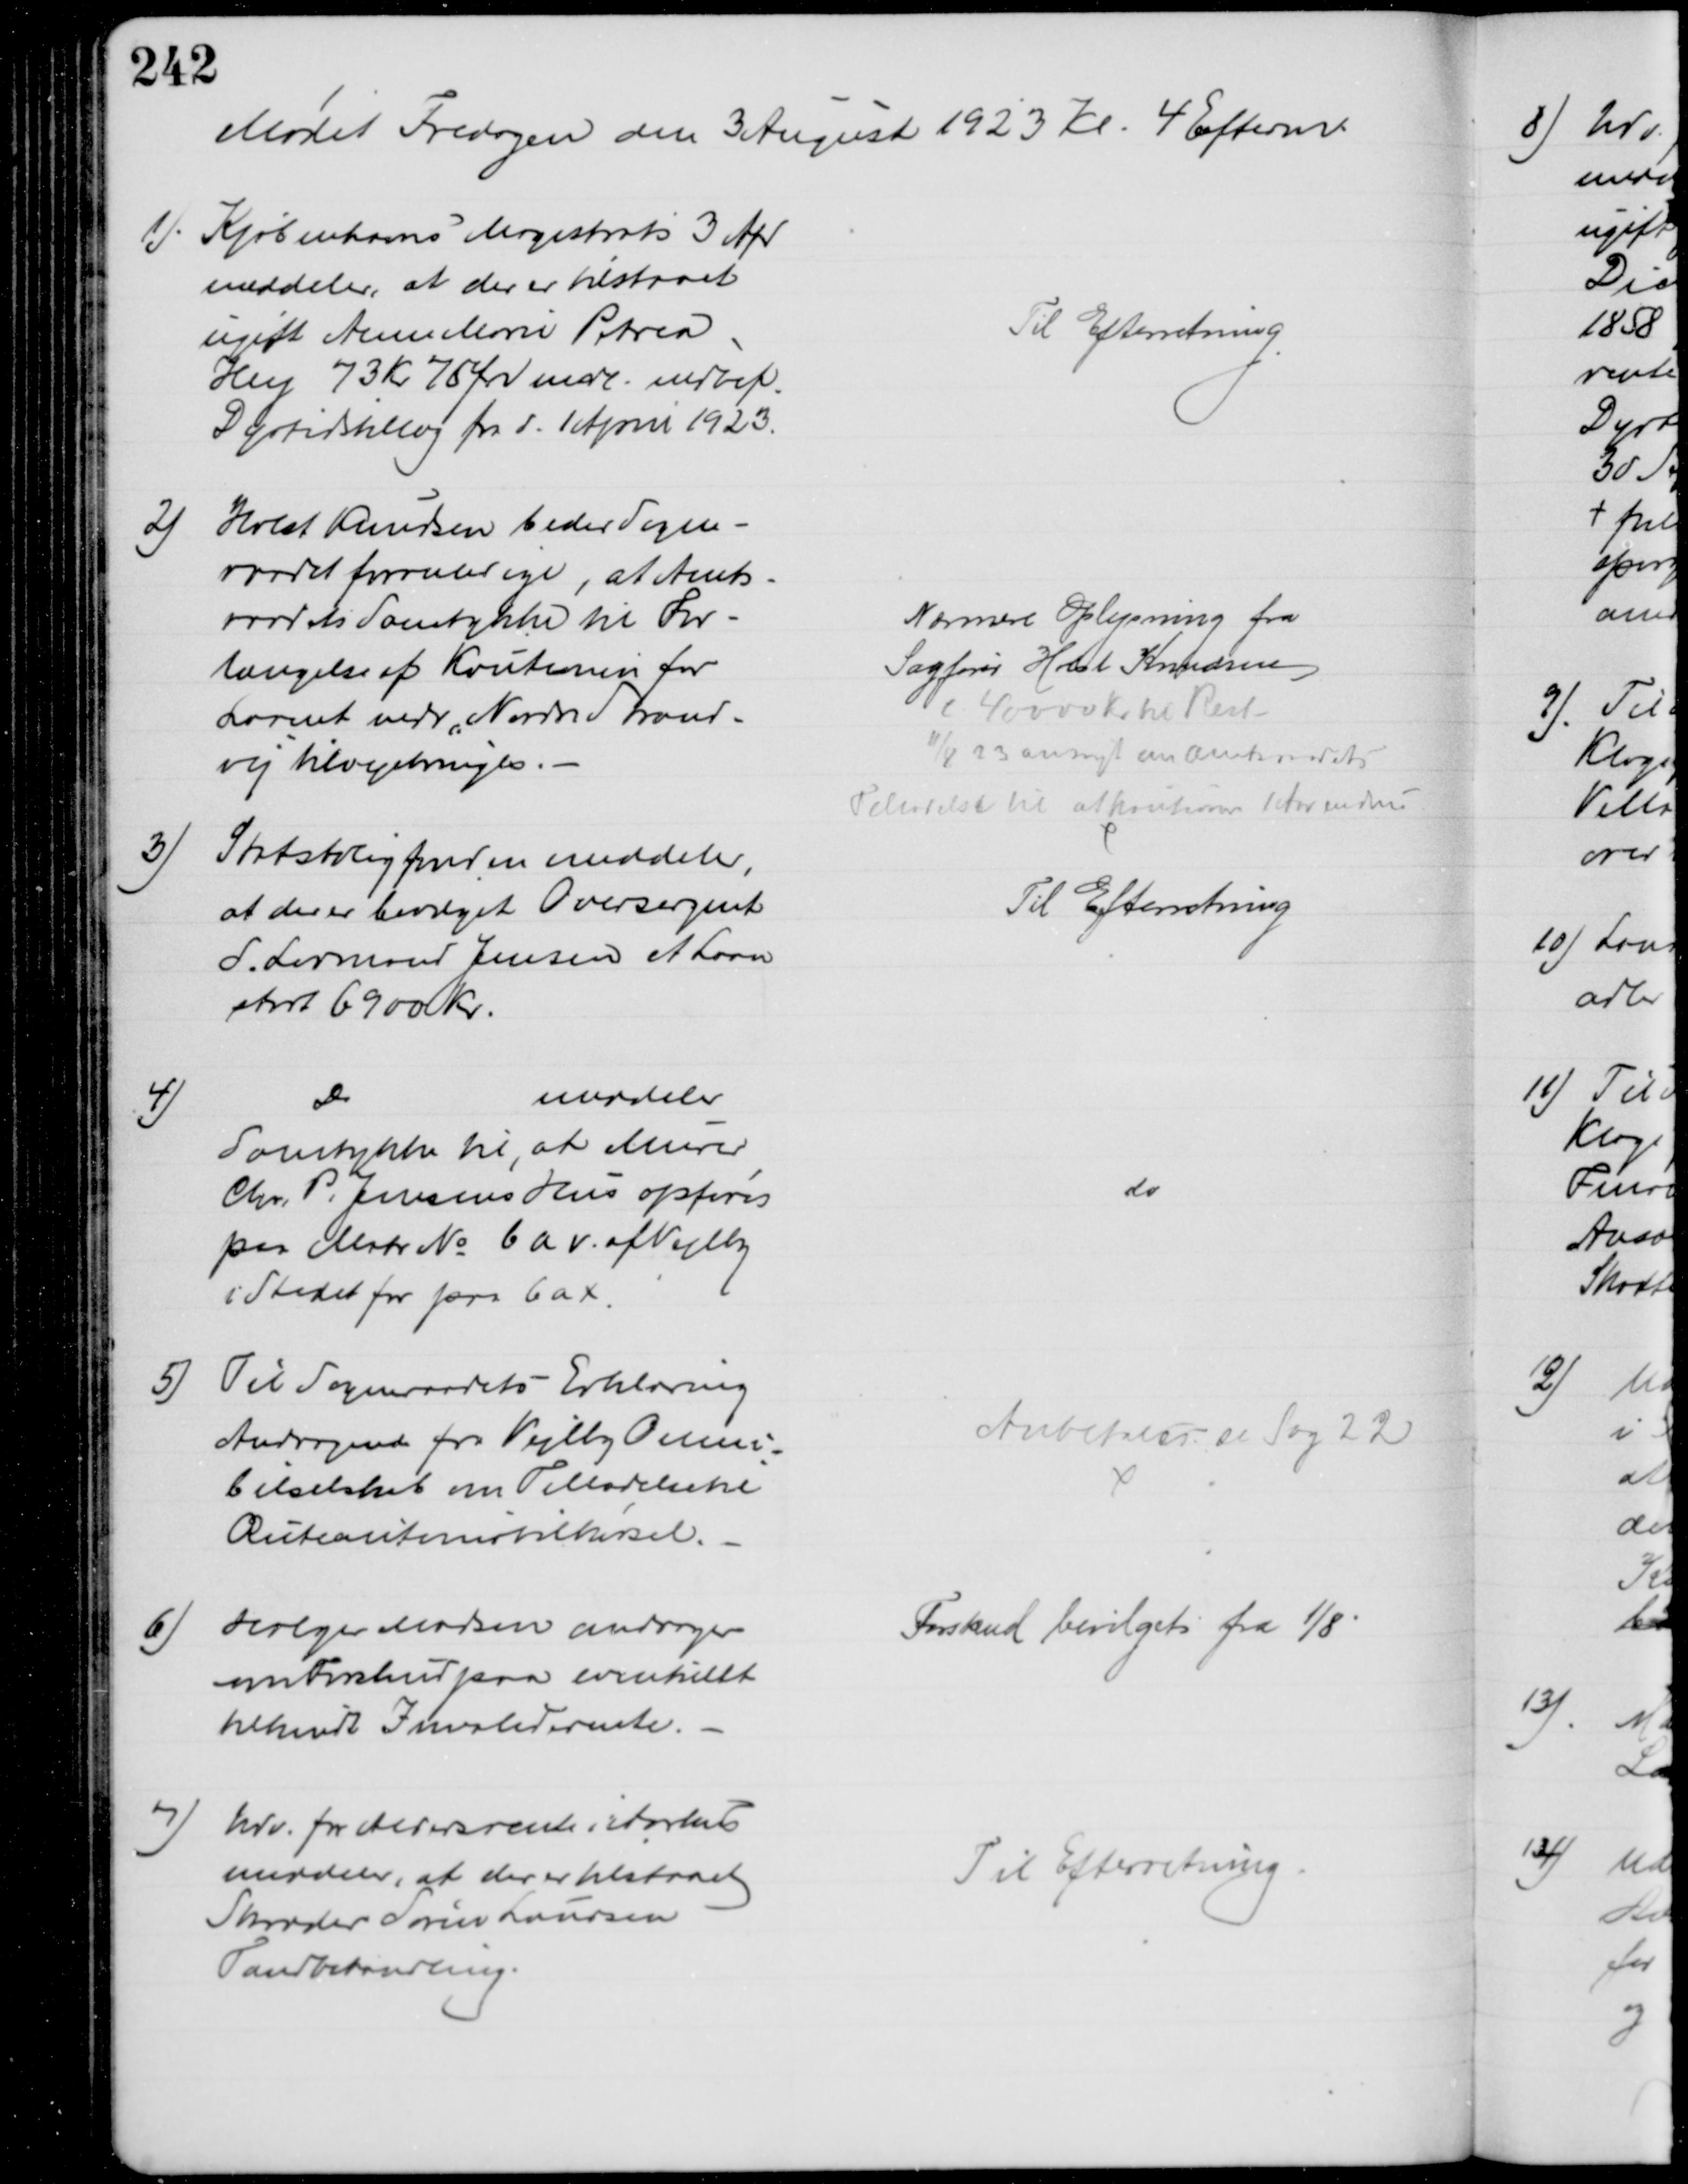
Transskription:
Mødet Fredagen den 3 August 1923 Kl. 4 Efterm 
1) Kjøbenhavns Magistrats 3 Afd
meddeler, at der er tilstaaet
ugift Anne Marie Petrea
Hey 73 Kr 75 Øre mdl. indbef.
Dyrtidstillæg fra d. 1 April 1923.
Til Efterretning
2)
Holst Knudsen beder Sogne-
raadet foranledige, at Amts-
raadets Samtykke til For-
længelse af Kautionen for
Laanet vedr. "Nordre Strand=
vej" tilvejebringes.
Nærmere Oplysning fra
Sagfører Holst Knudsen
c. 40000 Kr til Rest-
11/8 23 ansøgt om Amtsraadets
Tilladelse til at kautionere 1 Aar endnu
3)
Statsboligfonden meddeler,
at der er bevilget Oversergent
L. Lovmand Jensen et Laan
stort 6900 kr.
Til Efterretning
4)
Do
meddeler
Samstykke til, at Murer
Chr. P. Jensens Hus opføres
paa Matr № 6 a v. af Vejlby
i Stedet for paa 6a x.
do
5)
Til Sogneraadets Erklæring
Andragende fra Vejlby Omni-
bilselskab om Tilladelse til
Ruteautomobilkørsel.
Anbefales se Sag 22
6)
Holger Madsen andrager
om Forskud paa eventuelt
tilkendt Invaliderente.
Forskud bevilget fra 1/8
7) Udv. for Aldersrente i Aarhus
meddeler, at der er tilstaaet 
Skræder Søren Laursen
Tandbehandling.
Til Efterretning